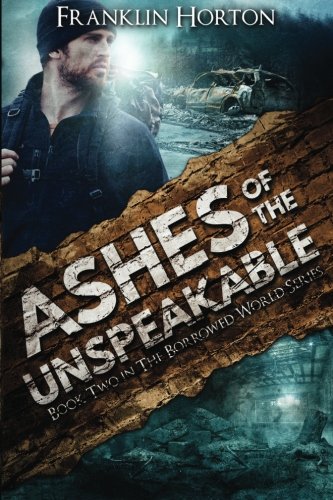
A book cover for Ashes Of The Unspeakable: Book Two in The Borrowed World Series (Volume 2); Franklin Horton; Science Fiction & Fantasy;